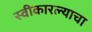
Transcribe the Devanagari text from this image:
स्वीकारल्याचा